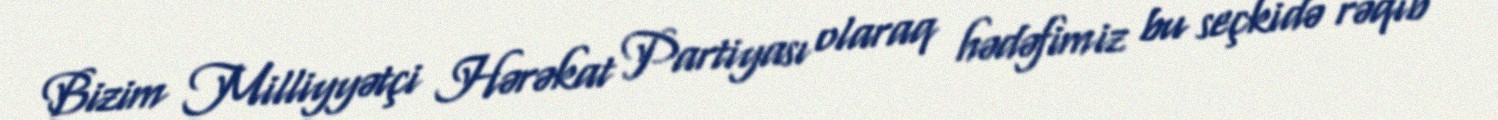
Bizim Milliyyətçi Hərəkat Partiyası olaraq hədəfimiz bu seçkidə rəqib